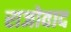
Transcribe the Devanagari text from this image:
राजोवाद